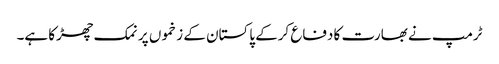
ٹرمپ نے بھارت کا دفاع کرکے پاکستان کے زخموں پر نمک چھڑکا ہے۔